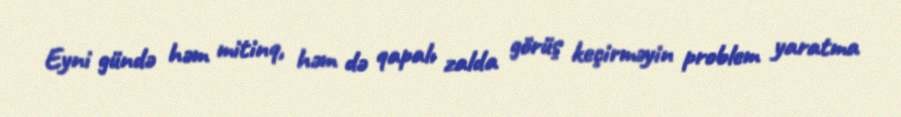
Eyni gündə həm mitinq, həm də qapalı zalda görüş keçirməyin problem yaratma